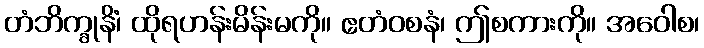
တံဘိက္ခုနိံ၊ ထိုရဟန်းမိန်းမကို။ ဧတံဝစနံ၊ ဤစကားကို။ အဝေါစ၊